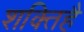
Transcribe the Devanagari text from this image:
शक्तिहै